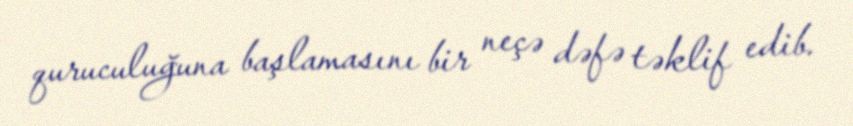
quruculuğuna başlamasını bir neçə dəfə təklif edib.